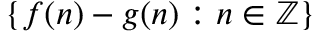
\{ f ( n ) - g ( n ) : n \in \mathbb { Z } \}